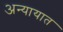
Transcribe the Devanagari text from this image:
अन्यायात